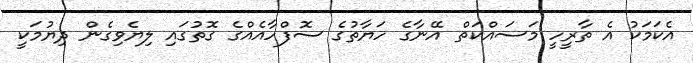
އެކަމަކު އެ ތާރީހީ މަސައްކަތް އޭނާގެ ހަޔާތުގެ ސޮފްހާއެއްގެ ގޮތުގައި ލިޔެވިގެން ދިޔުމަކީ